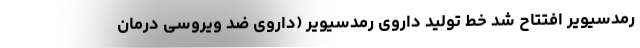
رمدسیویر افتتاح شد خط تولید داروی رمدسیویر (داروی ضد ویروسی درمان